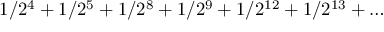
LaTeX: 1 / 2 ^ { 4 } + 1 / 2 ^ { 5 } + 1 / 2 ^ { 8 } + 1 / 2 ^ { 9 } + 1 / 2 ^ { 1 2 } + 1 / 2 ^ { 1 3 } + \ldots